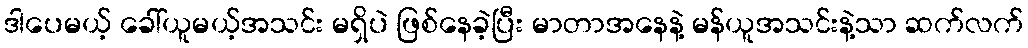
ဒါပေမယ့် ခေါ်ယူမယ့်အသင်း မရှိပဲ ဖြစ်နေခဲ့ပြီး မာတာအနေနဲ့ မန်ယူအသင်းနဲ့သာ ဆက်လက်